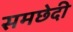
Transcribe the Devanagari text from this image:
समछेदी